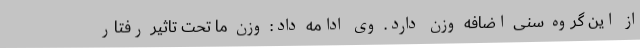
از این گروه سنی اضافه وزن دارد. وی ادامه داد: وزن ما تحت تاثیر رفتار